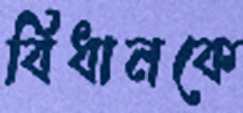
বিধানকে